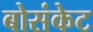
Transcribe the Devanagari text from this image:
बोसंकेट